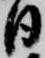
日